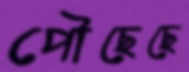
পৌছেছে